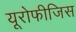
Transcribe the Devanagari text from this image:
यूरोफीजिस